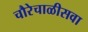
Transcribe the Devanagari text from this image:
चौरेचाळीसवा